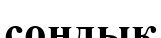
сондық